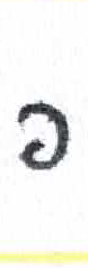
אות: פ